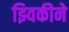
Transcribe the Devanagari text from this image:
झ्विकीने